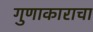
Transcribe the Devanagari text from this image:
गुणाकाराचा